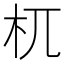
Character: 杌